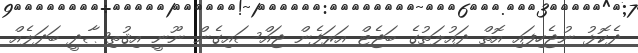
ދެކޮޅު ނުޖެހިފައި އޮތް ދައުލަތުގެ ބަޖެޓް އަރަފެން ޖައްސައިގެން ނޫނީ އިޤުތިޞާދީ ބަދަލެއް